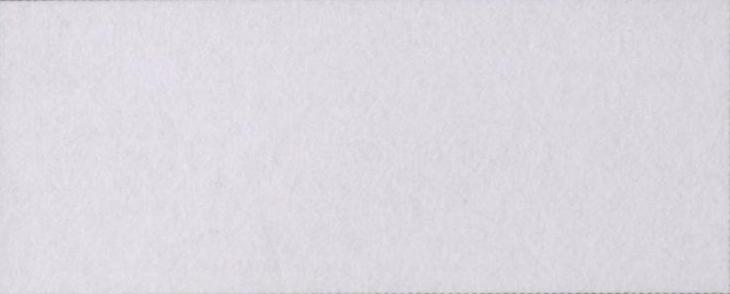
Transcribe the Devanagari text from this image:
कुरैशी